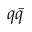
q \bar { q }